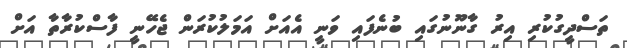
ތަސްދީގުކުރި އިރު ގާނޫނުގައި ބުނެފައި ވަނީ އެއަށް އަމަލުކުރަން ޖެހޭނީ ފާސްކުރާތާ އަށް